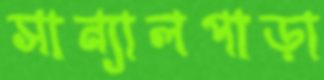
সান্যালপাড়া